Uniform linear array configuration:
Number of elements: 12
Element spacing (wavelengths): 0.75
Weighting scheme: kaiser
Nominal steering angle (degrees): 30
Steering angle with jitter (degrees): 28.354
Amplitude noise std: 0.05
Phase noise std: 0.05

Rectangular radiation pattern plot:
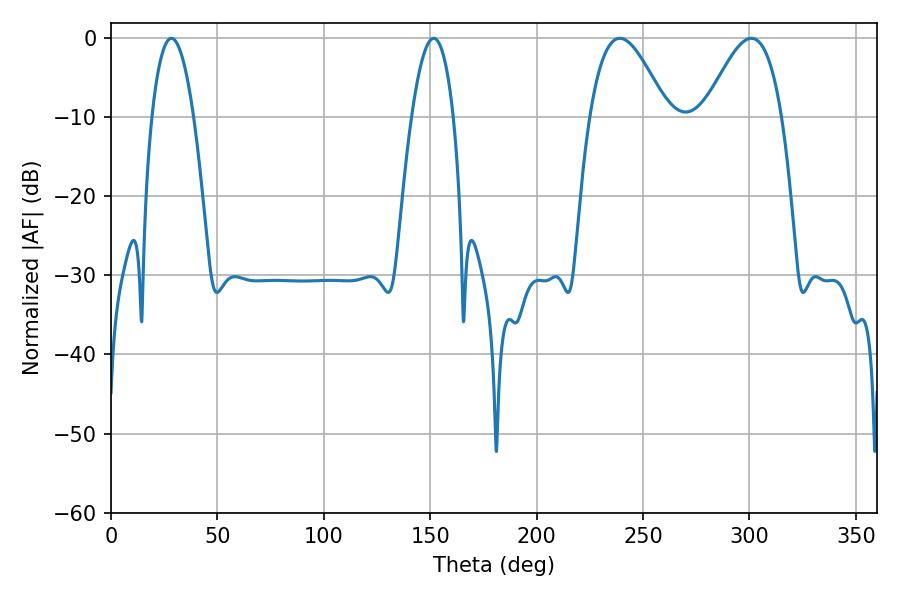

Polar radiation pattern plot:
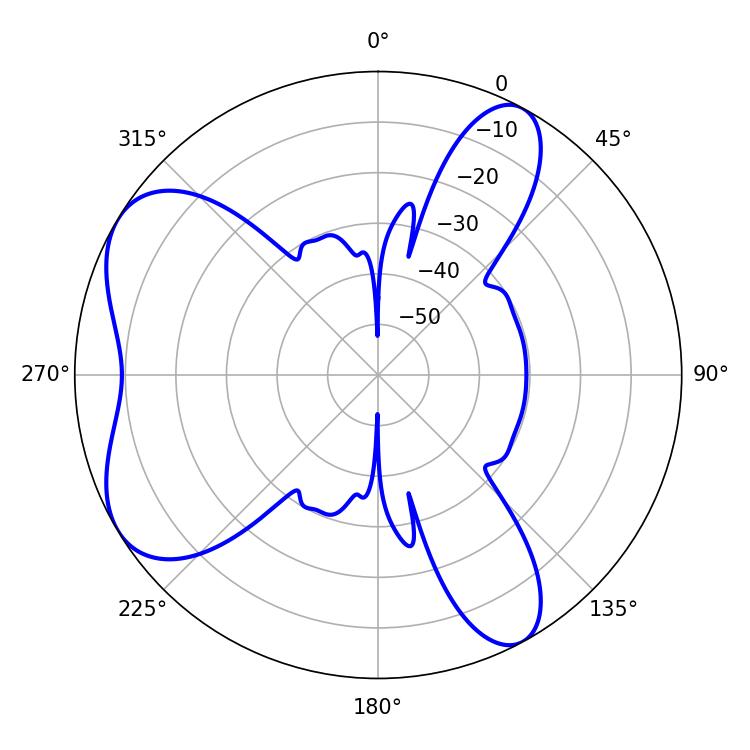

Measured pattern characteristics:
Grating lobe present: TRUE
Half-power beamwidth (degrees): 19.62
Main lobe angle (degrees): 239.04